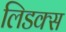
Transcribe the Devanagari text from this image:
लिडक्स